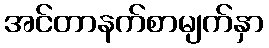
အင်တာနက်စာမျက်နှာ